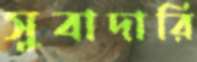
সুবাদারি